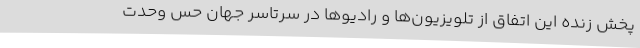
پخش زنده این اتفاق از تلویزیون‌ها و رادیوها در سرتاسر جهان حس وحدت